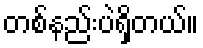
တစ်နည်းပဲရှိတယ်။